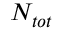
N _ { t o t }